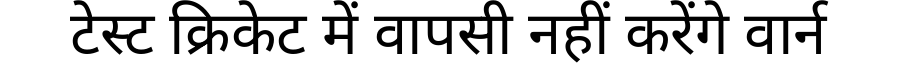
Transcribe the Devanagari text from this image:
टेस्ट क्रिकेट में वापसी नहीं करेंगे वार्न